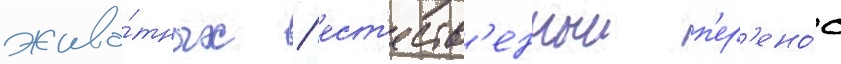
живо́тных / ест'еств'енныи п'ер'ено́с